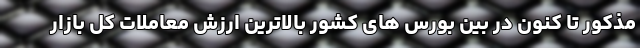
مذکور تا کنون در بین بورس های کشور بالاترین ارزش معاملات کل بازار